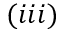
( i i i )